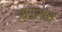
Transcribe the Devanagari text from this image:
आरशांत